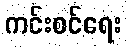
ကင်းစင်ရေး